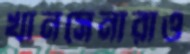
খানসেনারাও